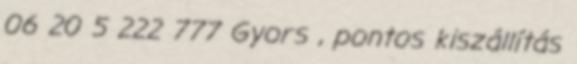
06 20 5 222 777 Gyors , pontos kiszállítás